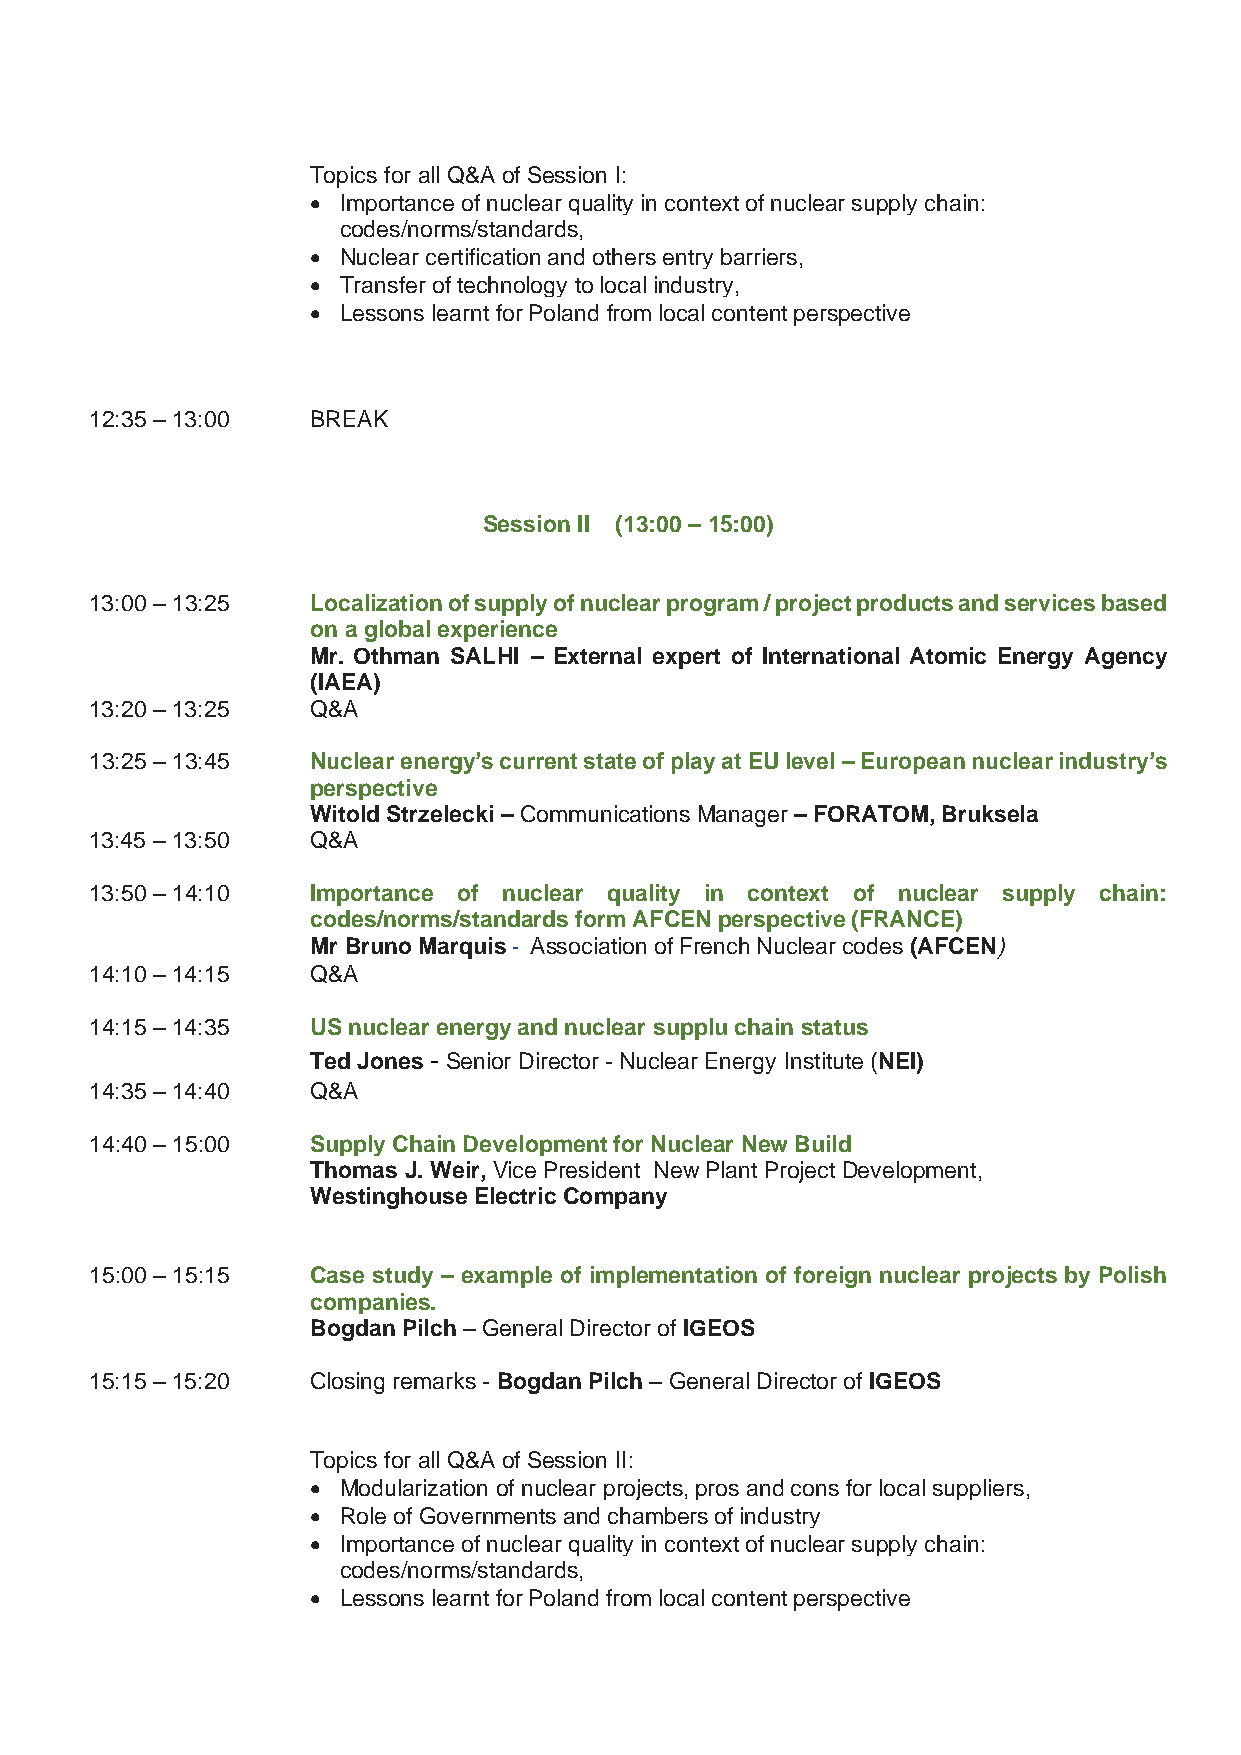
Topics for all Q&A of Session I:
 • Importance of nuclear quality in context of nuclear supply chain:
 codes/norms/standards,
 • Nuclear certification and others entry barriers,
 • Transfer of technology to local industry,
 • Lessons learnt for Poland from local content perspective
 12:35 – 13:00  BREAK
 Session II (13:00 – 15:00)
 13:00 – 13:25  Localization of supply of nuclear program / project products and services based
 on a global experience
 Mr. Othman SALHI – External expert of International Atomic Energy Agency
 (IAEA)
 13:20 – 13:25  Q&A
 13:25 – 13:45  Nuclear energy’s current state of play at EU level – European nuclear industry’s
 perspective
 Witold Strzelecki – Communications Manager – FORATOM, Bruksela
 13:45 – 13:50  Q&A
 13:50 – 14:10  Importance of nuclear quality in context of nuclear supply chain:
 codes/norms/standards form AFCEN perspective (FRANCE)
 Mr Bruno Marquis - Association of French Nuclear codes (AFCEN)
 14:10 – 14:15  Q&A
 14:15 – 14:35  US nuclear energy and nuclear supplu chain status
 Ted Jones - Senior Director - Nuclear Energy Institute (NEI)
 14:35 – 14:40  Q&A
 14:40 – 15:00  Supply Chain Development for Nuclear New Build
 Thomas J. Weir, Vice President New Plant Project Development,
 Westinghouse Electric Company
 15:00 – 15:15  Case study – example of implementation of foreign nuclear projects by Polish
 companies.
 Bogdan Pilch – General Director of IGEOS
 15:15 – 15:20  Closing remarks - Bogdan Pilch – General Director of IGEOS
 Topics for all Q&A of Session II:
 • Modularization of nuclear projects, pros and cons for local suppliers,
 • Role of Governments and chambers of industry
 • Importance of nuclear quality in context of nuclear supply chain:
 codes/norms/standards,
 • Lessons learnt for Poland from local content perspective